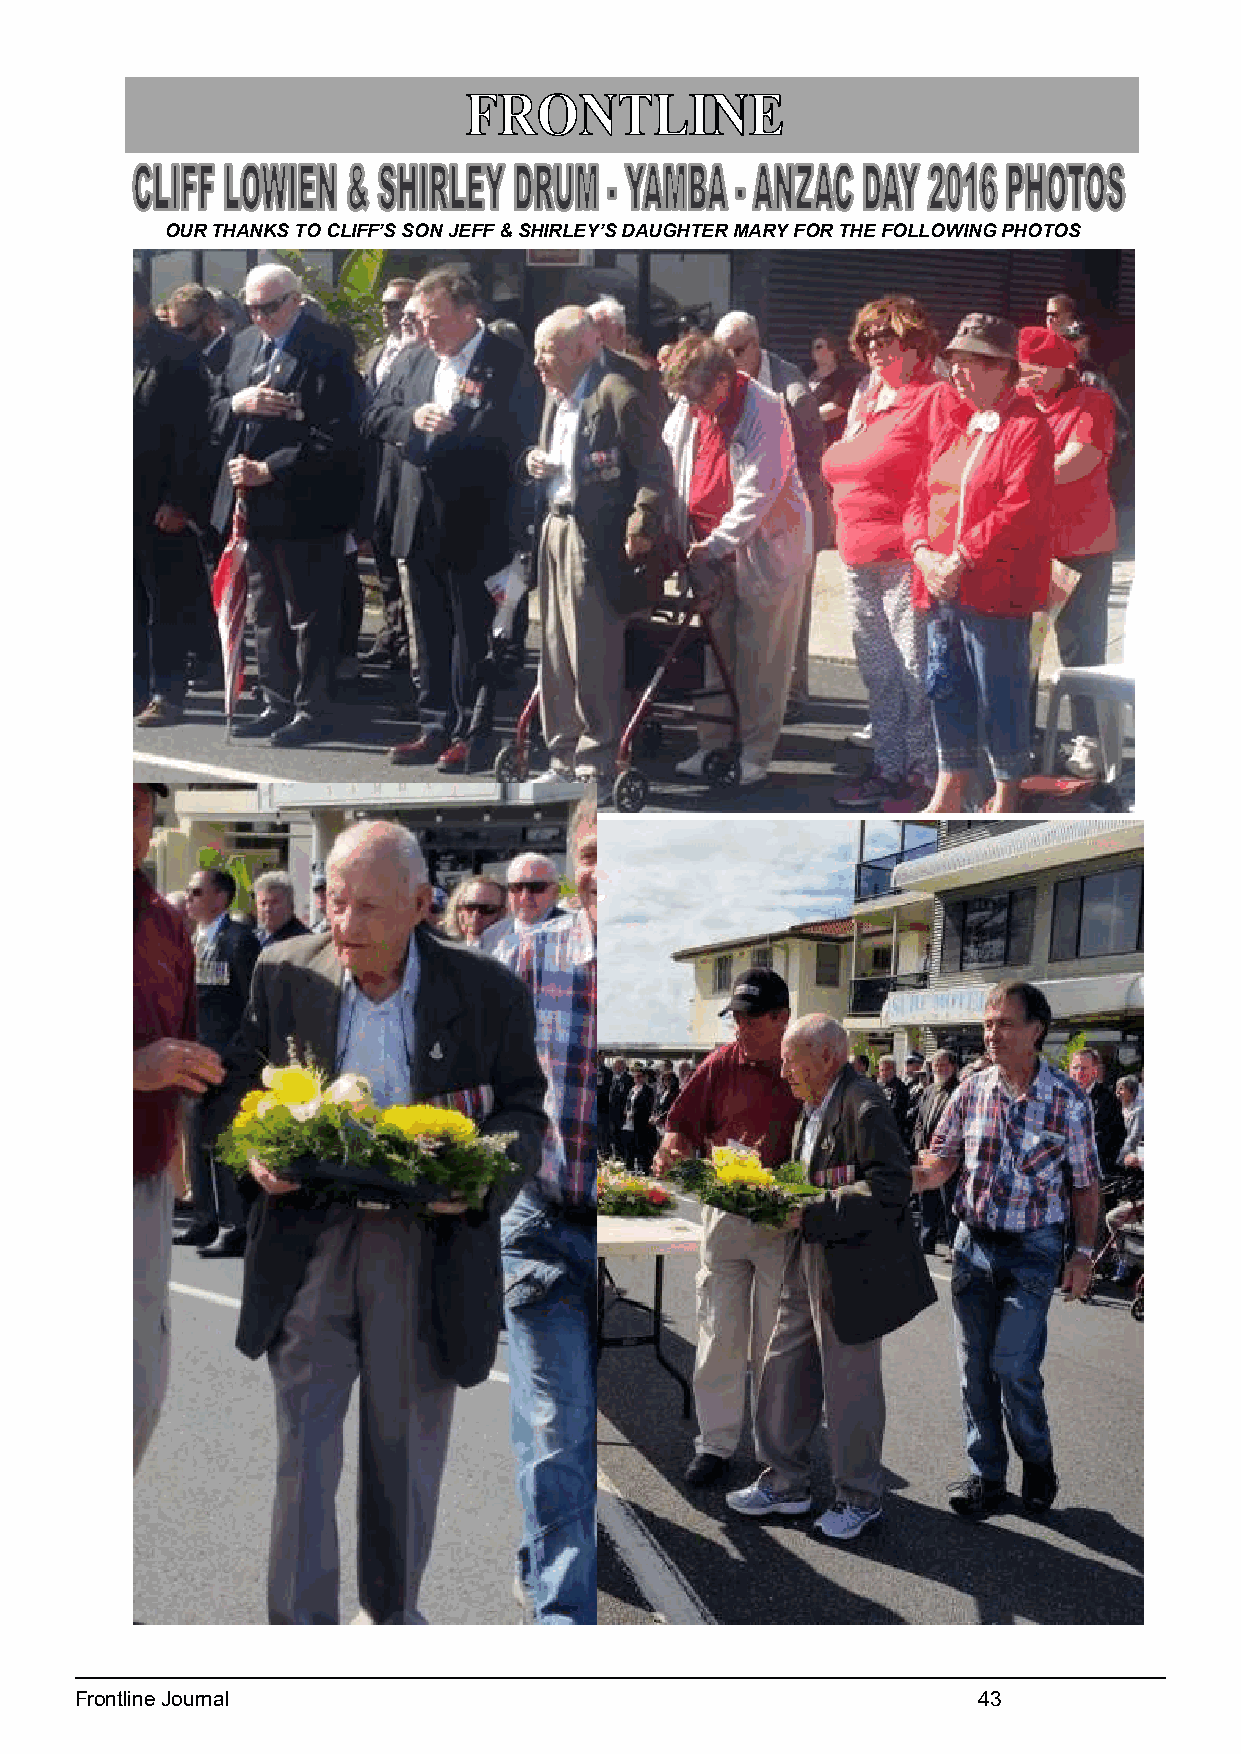
OUR THANKS TO CLIFF’S SON JEFF & SHIRLEY’S DAUGHTER MARY FOR THE FOLLOWING PHOTOS
 22
 Frontline Journal                                           43